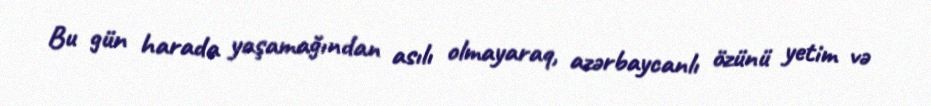
Bu gün harada yaşamağından asılı olmayaraq, azərbaycanlı özünü yetim və